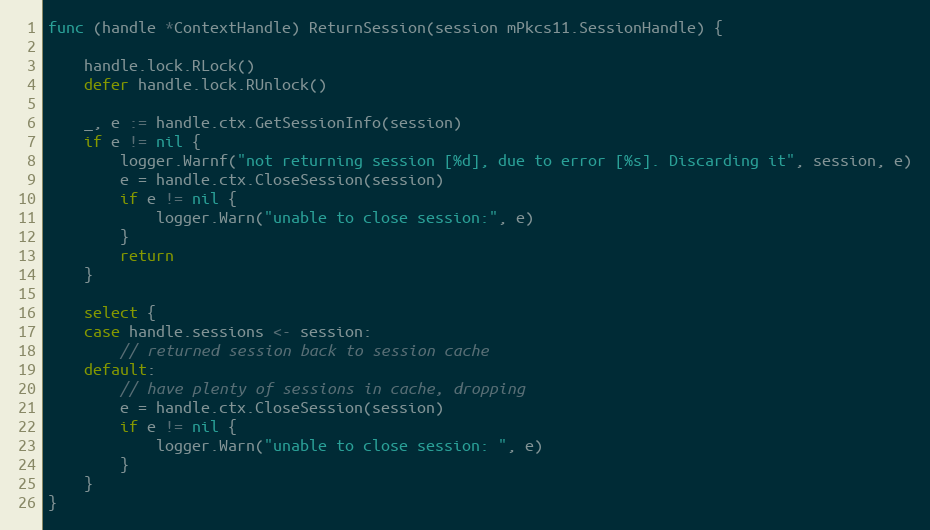
Language: Go
func (handle *ContextHandle) ReturnSession(session mPkcs11.SessionHandle) {

	handle.lock.RLock()
	defer handle.lock.RUnlock()

	_, e := handle.ctx.GetSessionInfo(session)
	if e != nil {
		logger.Warnf("not returning session [%d], due to error [%s]. Discarding it", session, e)
		e = handle.ctx.CloseSession(session)
		if e != nil {
			logger.Warn("unable to close session:", e)
		}
		return
	}

	select {
	case handle.sessions <- session:
		// returned session back to session cache
	default:
		// have plenty of sessions in cache, dropping
		e = handle.ctx.CloseSession(session)
		if e != nil {
			logger.Warn("unable to close session: ", e)
		}
	}
}